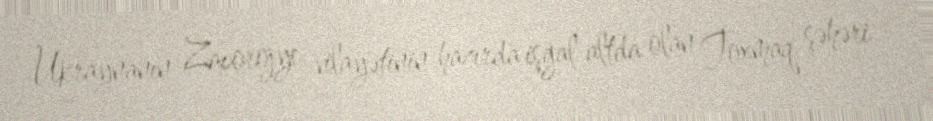
Ukraynanın Zaporojye vilayətinin hazırda işğal altda olan Toxmaq şəhəri